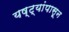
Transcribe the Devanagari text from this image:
यष्ट्यांपासून